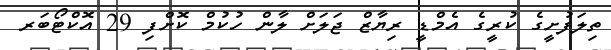
ތިލަފުށީގެ ކުރީގެ އެމްޑީ ރިޔާޒް ޖަލަށް ލާން ހުކުމް ކޮށްފި 29 އޮކްޓޯބަރ